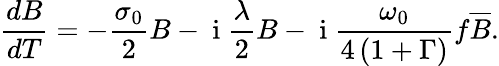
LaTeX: \frac{dB}{dT}=-\frac{\sigma_{0}}{2}B-\mathrm{~i~}\frac{\lambda}{2}B-\mathrm{~i~}\frac{\omega_{0}}{4\left(1+\Gamma\right)}f\overline{{B}}.